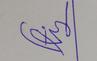
Signature authenticity: forged